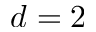
d = 2